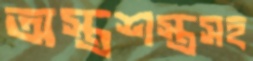
অস্ত্রশস্ত্রসহ